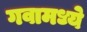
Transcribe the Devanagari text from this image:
गवामध्ये